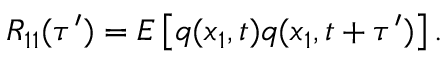
R _ { 1 1 } ( \tau ^ { \prime } ) = E \left[ q ( x _ { 1 } , t ) q ( x _ { 1 } , t + \tau ^ { \prime } ) \right] .